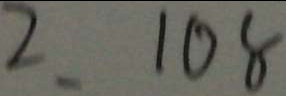
2 . 1 0 8